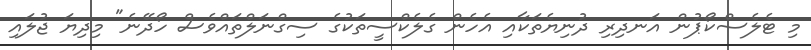
މި ޓެލެސްކޯޕުން އަނދިރި ދުނިޔެތަކާއި އެހެން ގެލެކްސީތަކުގެ ސިގްނަލްތައްވެސް ހޯދޭނެ" މިދިޔަ ޖުލައި